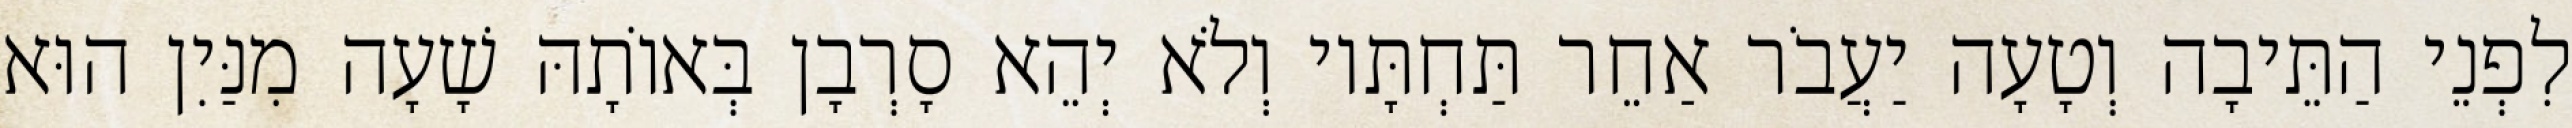
לִפְנֵי הַתֵּיבָה וְטָעָה יַעֲבֹר אַחֵר תַּחְתָּיו וְלֹא יְהֵא סָרְבָן בְּאוֹתָהּ שָׁעָה מִנַּיִן הוּא